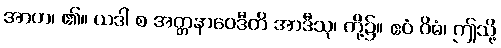
အာဟ၊ ၏။ ယဒါ စ အတ္တနာဝေဒီတိ အာဒီသု၊ တို့၌။ ဧဝံ ဝိဓံ၊ ဤသို့